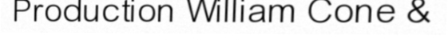
Production William Cone &